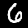
Digit: 6